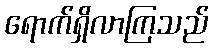
ရောက်ရှိလာကြသည်